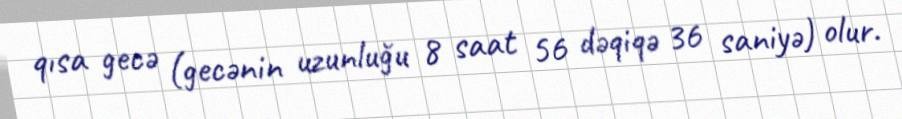
qısa gecə (gecənin uzunluğu 8 saat 56 dəqiqə 36 saniyə) olur.